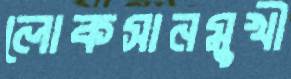
লোকসানমুখী